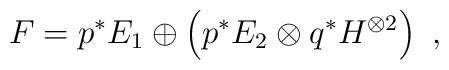
F = p^*E_1 \oplus \left(p^*E_2 \otimes q^*H^{\otimes2}\right) \ ,